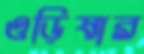
ওড়িষার